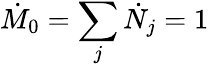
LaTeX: \dot{M}_{0}=\sum_{j}\dot{N}_{j}=1